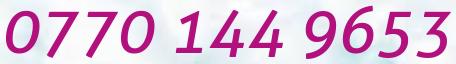
0770 144 9653